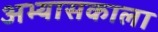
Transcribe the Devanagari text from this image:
अभ्यासकाला